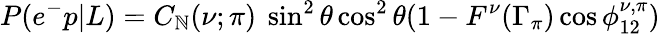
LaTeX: P(e^{-}p|L)=C_{\mathbb{N}}(\nu;\pi)\ \sin^{2}\theta\cos^{2}\theta(1-F^{\nu}(\Gamma_{\pi})\cos\phi_{12}^{\nu,\pi})